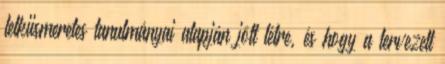
lelkiismeretes tanulmányai alapján jött létre, és hogy a tervezett